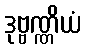
ဒုဗ္ဗဏ္ဏိယံ